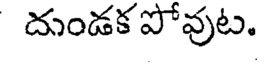
దుండక పోవుట.